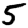
Digit: 5